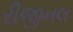
રીજીનલ